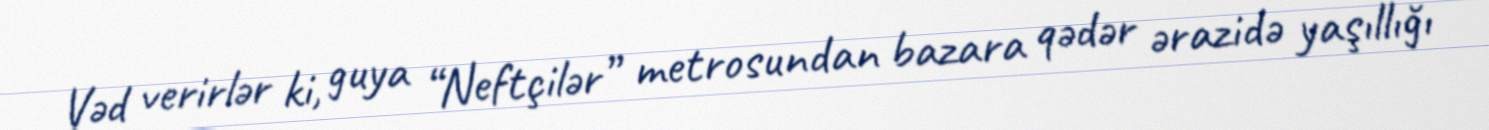
Vəd verirlər ki, guya “Neftçilər” metrosundan bazara qədər ərazidə yaşıllığı